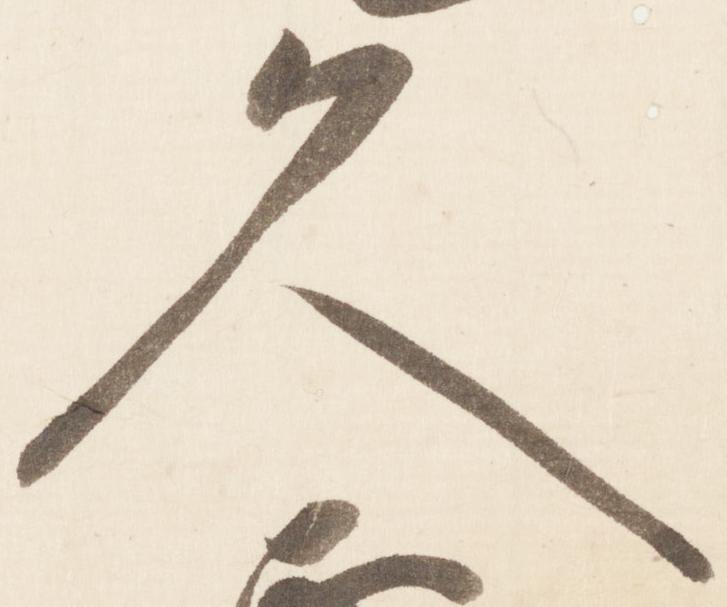
久